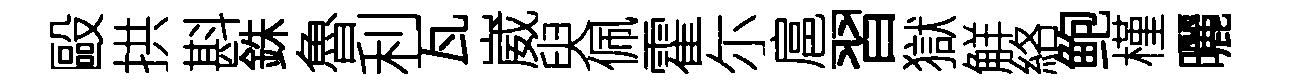
毆拱斟銖魯利瓦崴臾佩霍尓扈習獄觧絡鲍槿曬